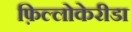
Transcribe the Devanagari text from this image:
फ़िल्लोकेरीडा